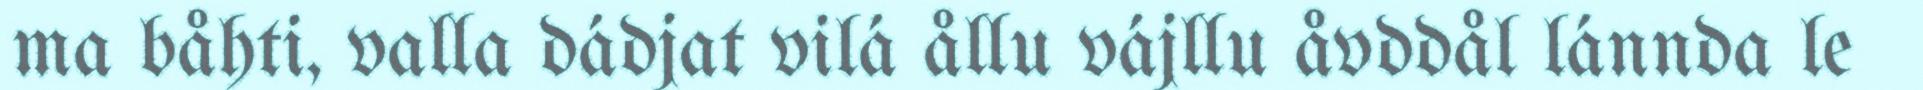
ma båhti, valla dádjat vilá ållu vájllu åvddål lánnda le